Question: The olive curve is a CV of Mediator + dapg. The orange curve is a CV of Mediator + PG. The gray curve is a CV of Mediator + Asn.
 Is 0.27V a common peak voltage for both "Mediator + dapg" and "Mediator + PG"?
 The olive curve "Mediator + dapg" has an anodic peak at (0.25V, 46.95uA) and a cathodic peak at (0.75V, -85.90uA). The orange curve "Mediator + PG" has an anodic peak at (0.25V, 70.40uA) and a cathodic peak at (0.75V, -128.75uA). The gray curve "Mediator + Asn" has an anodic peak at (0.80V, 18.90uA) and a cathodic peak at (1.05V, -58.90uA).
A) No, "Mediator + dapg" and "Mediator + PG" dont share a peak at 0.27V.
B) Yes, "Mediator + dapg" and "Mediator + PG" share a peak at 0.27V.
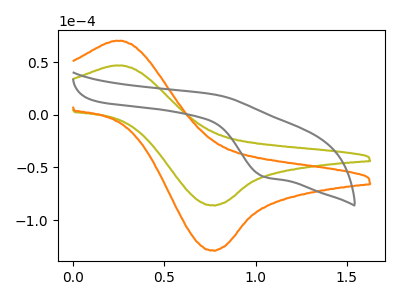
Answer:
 <answer>B) Yes, "Mediator + dapg" and "Mediator + PG" share a peak at 0.27V.</answer>
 <eval>B</eval>